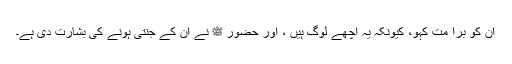
ان کو برا مت کہو، کیونکہ یہ اچھے لوگ ہیں ، اور حضور ﷺ نے ان کے جنتی ہونے کی بشارت دی ہے۔